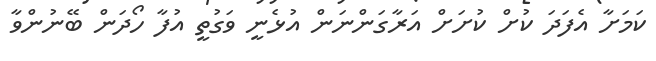
ކަމަށާ އެފަދަ ކުށް ކުށަށް އަރާގަންނަން އުޅެނީ ވަގުތީ އުފާ ހޯދަން ބޭނުންވާ